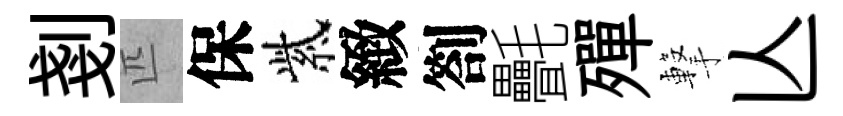
剗匹保紫緻劄㲲殫撃亾